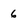
Character: 6